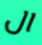
ال